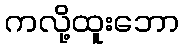
ကလို့ထူးဘော